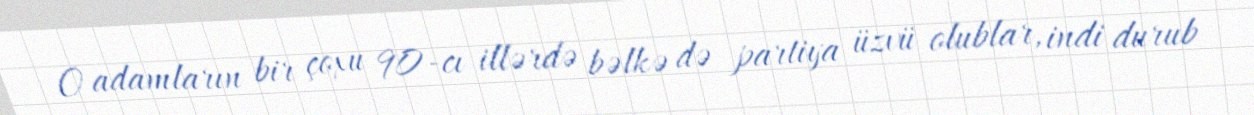
O adamların bir çoxu 90-cı illərdə bəlkə də partiya üzvü olublar, indi durub